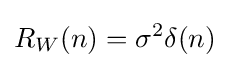
R_{W}(n)=\sigma ^{2}\delta (n)